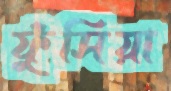
ফুঁসিয়া